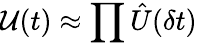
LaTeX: \mathcal{U}(t)\approx\prod\hat{U}(\delta t)